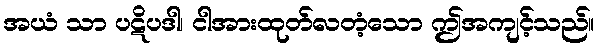
အယံ သာ ပဋိပဒါ၊ ငါအားထုတ်လတံ့သော ဤအကျင့်သည်။